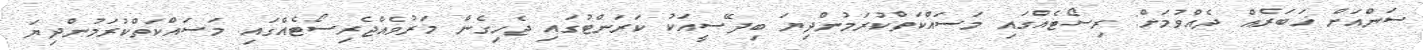
ސަންއަށް ޚަބަރެއް ދެއްވުމަށް: ރިސޯޓެއްގައި މަސައްކަތްކުރަމުންދިޔަ ބިދޭސީއަކު ކަރަންޓުގައި ޖެހިގެން މަރުވެއްޖެރިސޯޓެއްގައި މަސައްކަތްކުރަމުންދިޔަ